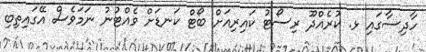
ހާދިސާގައި ޅ. ކުރެއްދޫ ރިސޯޓު ކައިރިއަށް ބޯޓް ކަނޑަށް ވެއްޓުނު ނަމަވެސް އޭގައިތިބި